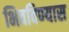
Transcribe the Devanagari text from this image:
भिवविण्यास